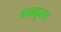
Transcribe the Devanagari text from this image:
मन्कूला